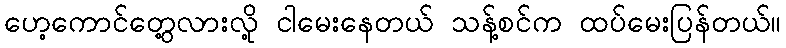
ဟေ့ကောင်တွေ့လားလို့ ငါမေးနေတယ် သန့်စင်က ထပ်မေးပြန်တယ်။